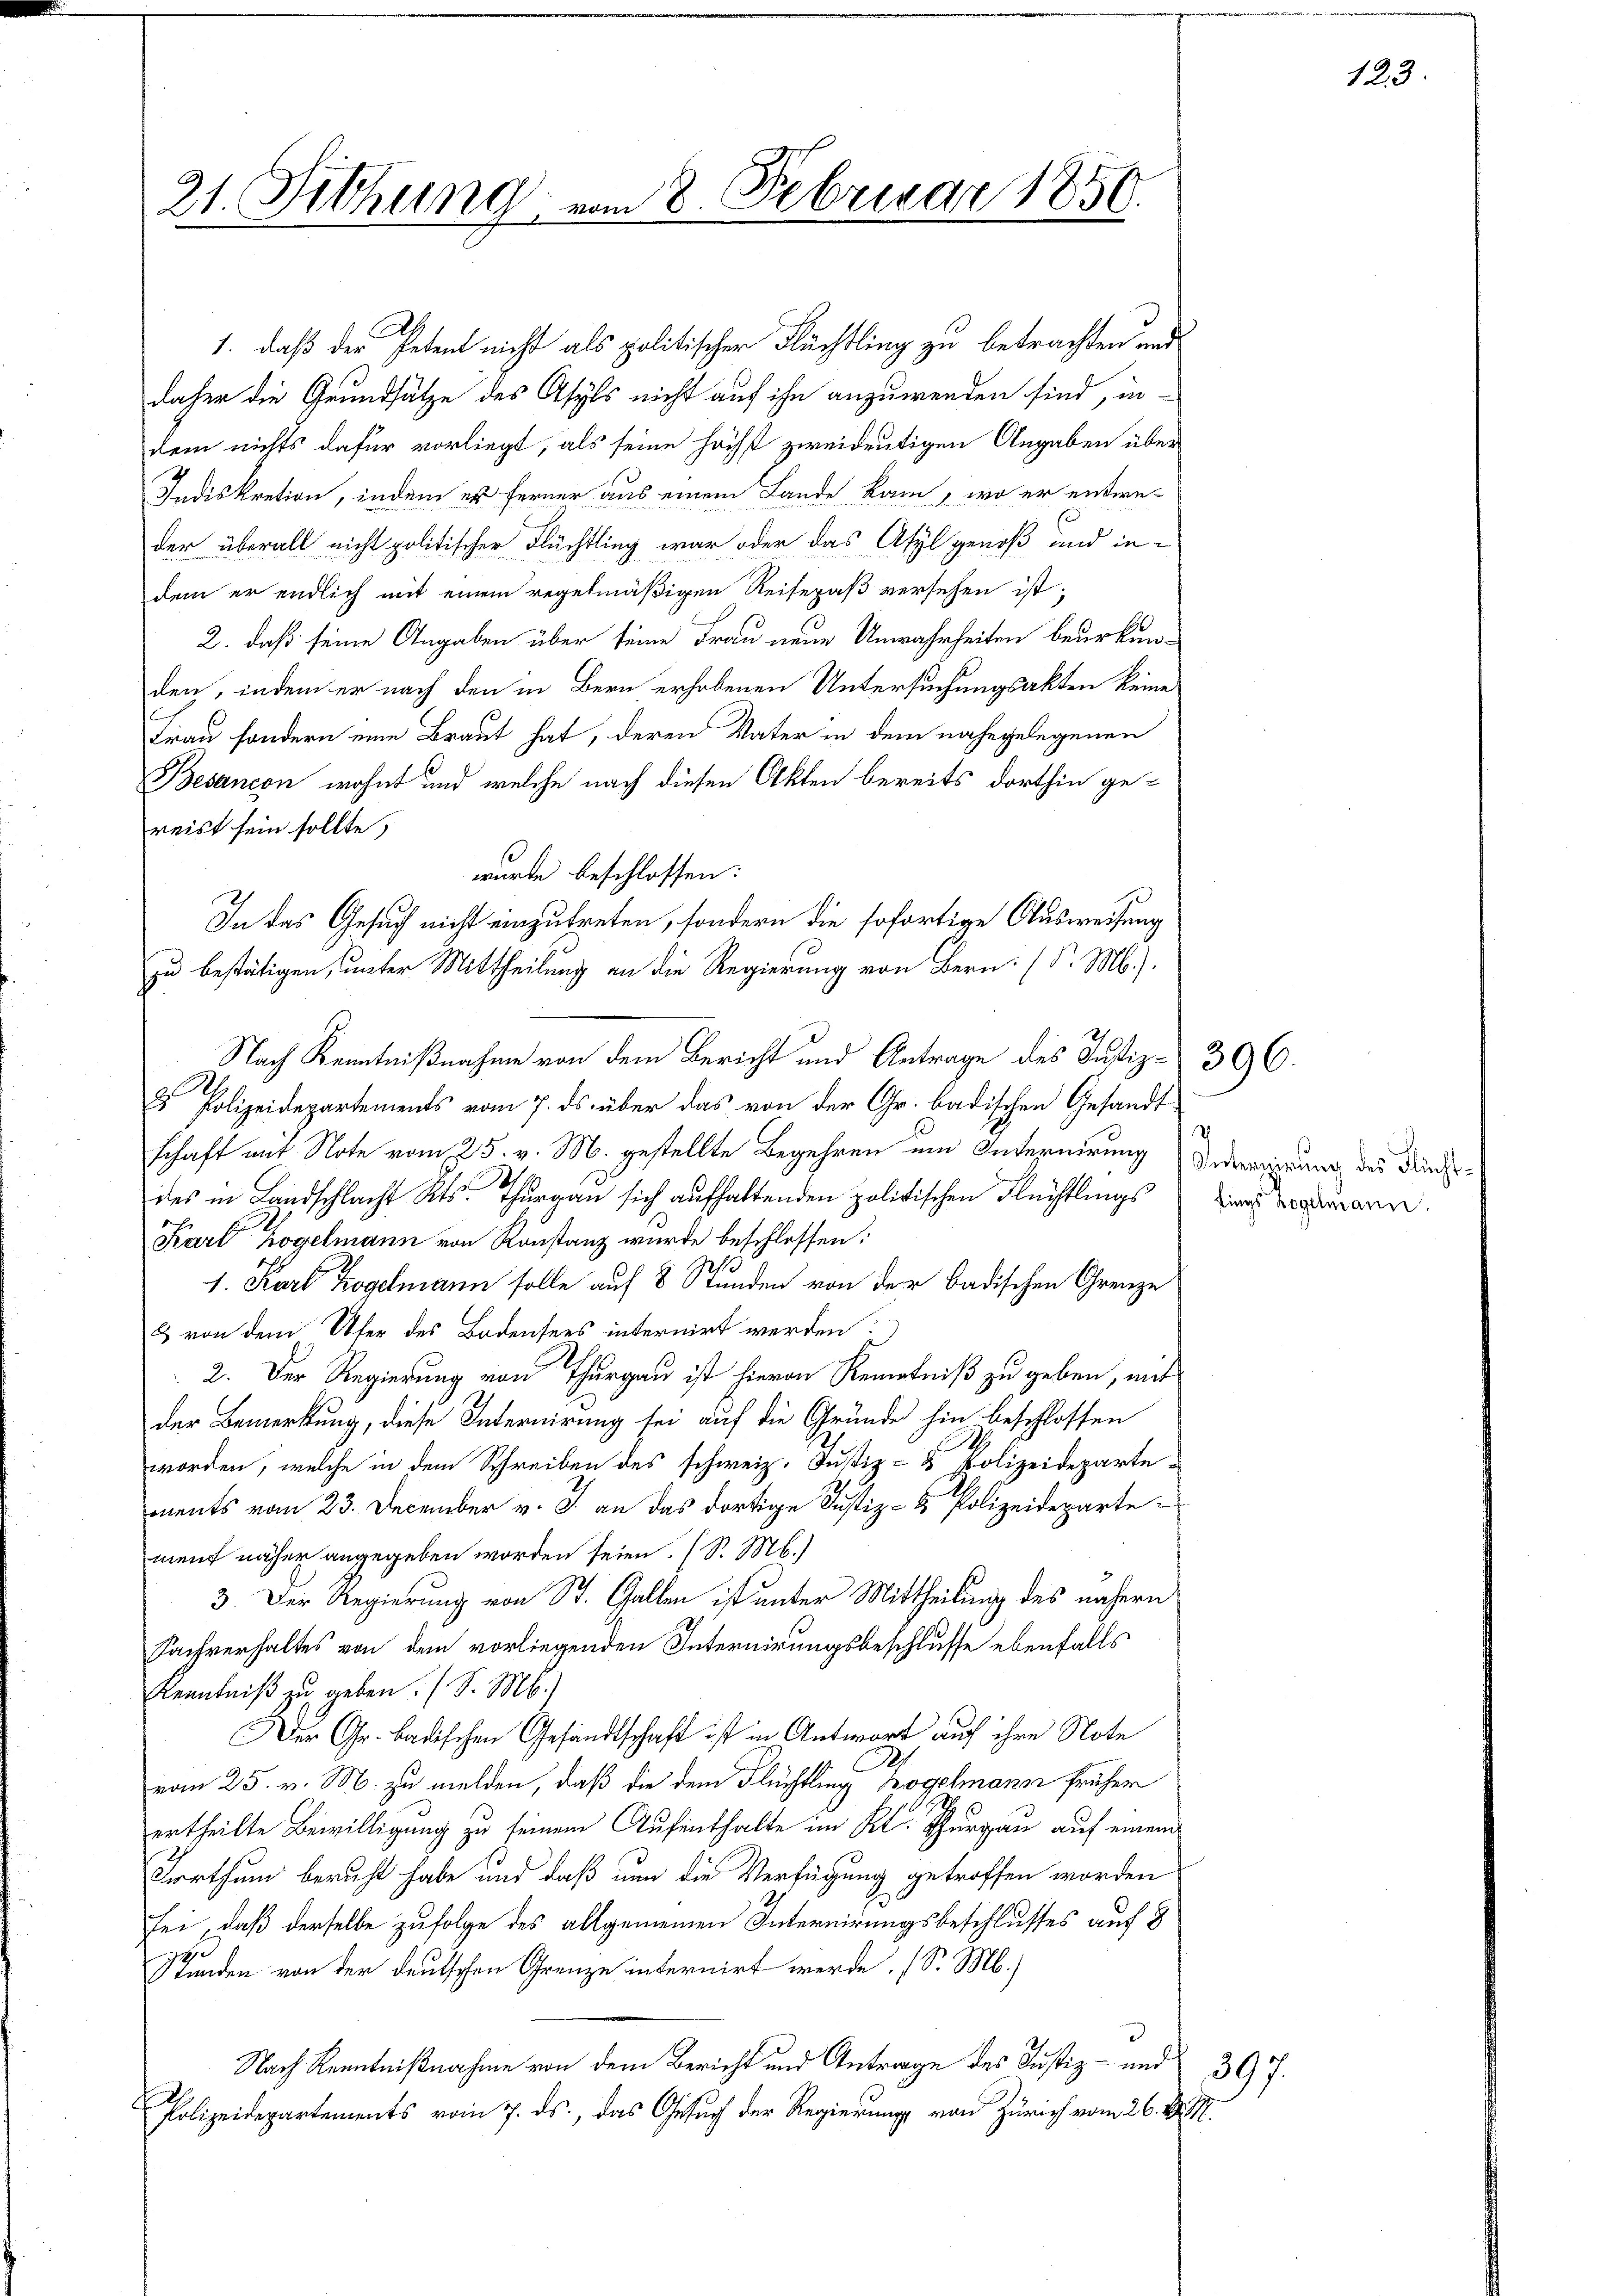
21. Fittung vom 8. Februar 1850.

D
1., daß der Petent nicht als politischer Flüchtling zu betrachten und
daher die Grundsätze des Asyls nicht auf ihn anzuwenden sind, in-
dem nichts dafür vorliegt, als seine höchst zweideutigen Angaben über
Indiskretion, indem es ferner aus einem Lande kam, wo er entweder überall nicht politischer Flüchtling war oder das Atyl genoß und in-
dem er endlich mit einem regelmäßigen Reisepaß versehen ist;
2. daß seine Angaben über seine Frau neue Unwahrheiten beurkunden, indem er nach den in Bern erhobenen Untersuchungsakten keine
Frau sondern eine Braut hat, deren Vater in dem nahegelegenen
Besancen wohnt und welche nach diesen Akten bereits dorthin gereist sein sollte,
wurde beschlossen:
In das Gesuch nicht einzutreten, sondern die sofortige Ausweisung
zu bestätigen, unter Mittheilung an die Regierung von Bern: (P. M.).
Nach Kenntnißnahme von dem Bericht und Antrage des Justiz- 396.
 Polizeidepartements vom 7. ds. über das von der Gr. badischen Gesandt
schaft mit Note vom 25. v. M. gestellte Begehren um Internirung Vereigung des durch¬
21.
des in Landschlacht Kts. Thurgau sich aufhaltenden politischen Flüchtlings
Karl Hogelmann von Konstanz wurde beschlossen:
1. Karl Kogelmann solle auf 8 Stunden von der badischen Grenze
& von dem Ufer des Bodensees internirt werden:
2. Der Regierung von Thurgau ist hievon Renntniß zu geben, mit
der Bemerkung, diese Internirung sei auf die Gründe hin beschlossen
worden, welche in dem Schreiben des schweiz. Justiz- & Polizeidepartements vom 23. December v. J. an das dortige Justiz- & Polizeidepartement näher angegeben worden seien. (S. M.)
3. Der Regierung von St. Gallen ist unter Mittheilung des nähern
Sachverhaltes von dem vorliegenden Internirungsbeschlusse ebenfalls
Kenntniß zu geben. (S. M.)
Der Gr. Badischen Gesandtschaft ist in Antwort auf ihre Note
vom 25. v. M. zu melden, daß die dem Flüchtling Bogelmann früher
ertheilte Bewilligung zu seinem Aufenthalte im Kt. Thurgau auf einem
Vorthum beruht habe und daß nun die Verfügung getroffen worden
sei, daß derselbe zufolge des allgemeinen Internirungsbeschlusses auf 8
e
Stunden von der deutschen Grenze internirt werde. (S. M.)
Nach Kenntnißnahme von dem Bericht und Antrage des Justiz- und 397.
Polizeidepartements vom 7. ds., das Gesuch der Regierung von Zürich vom 26. d. M.

.
fings Regelmann.

123.